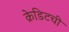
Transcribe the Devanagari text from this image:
क्रेडिटची